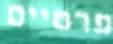
פרטיים